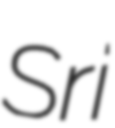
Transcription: Sri